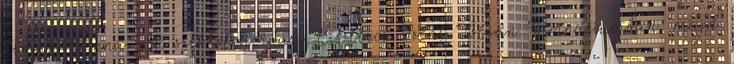
Eiman Anna. A székesfehérvári Ciszterci Szent István Gimnáziumban, majd